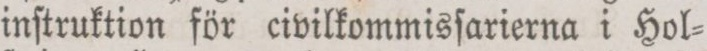
inſtruktion för civilkommisſarierna i Hol=